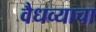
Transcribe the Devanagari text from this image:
वैधव्याचा